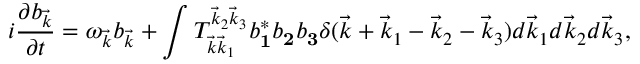
i \frac { \partial b _ { \vec { k } } } { \partial t } = \omega _ { \vec { k } } b _ { \vec { k } } + \int T _ { \vec { k } \vec { k } _ { 1 } } ^ { \vec { k } _ { 2 } \vec { k } _ { 3 } } b _ { \mathbf 1 } ^ { * } b _ { \mathbf 2 } b _ { \mathbf 3 } \delta ( \vec { k } + \vec { k } _ { 1 } - \vec { k } _ { 2 } - \vec { k } _ { 3 } ) d \vec { k } _ { 1 } d \vec { k } _ { 2 } d \vec { k } _ { 3 } ,